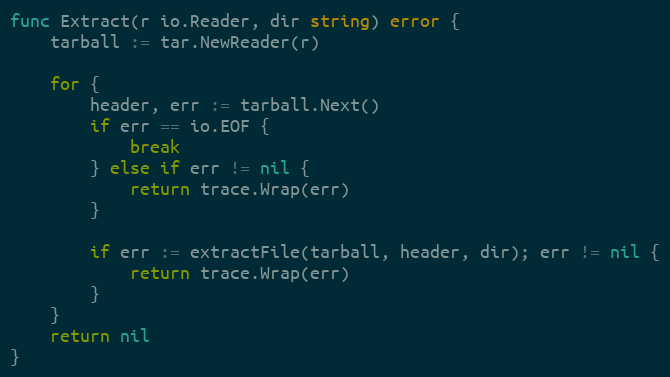
Language: Go
func Extract(r io.Reader, dir string) error {
	tarball := tar.NewReader(r)

	for {
		header, err := tarball.Next()
		if err == io.EOF {
			break
		} else if err != nil {
			return trace.Wrap(err)
		}

		if err := extractFile(tarball, header, dir); err != nil {
			return trace.Wrap(err)
		}
	}
	return nil
}